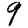
Digit: 9